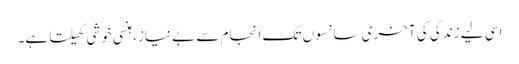
اسی لیے زندگی کی آخری سانسوں تک انجام سے بے نیاز، ہنسی خوشی کھیلتا ہے۔